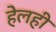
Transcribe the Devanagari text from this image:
हेलही